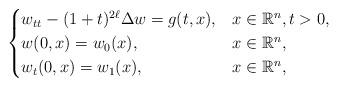
LaTeX: \begin{align*}\begin{cases}w_{tt}-(1+t)^{2\ell}\Delta w = g(t,x), & x\in \mathbb{R}^n, t>0, \\w(0,x)= w_0(x), & x\in \mathbb{R}^n, \\w_t(0,x)= w_1(x), & x\in \mathbb{R}^n, \end{cases}\end{align*}